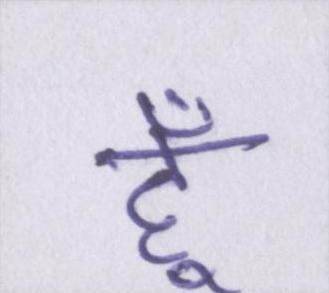
हूँ